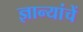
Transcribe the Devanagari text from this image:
ज्ञान्यांचें